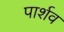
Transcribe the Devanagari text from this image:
पार्शव